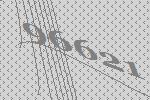
96621